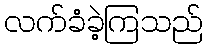
လက်ခံခဲ့ကြသည်